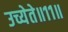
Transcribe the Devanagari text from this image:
उच्येते॥११॥